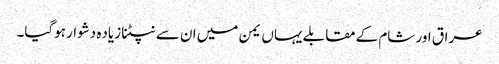
عراق اور شام کے مقابلے یہاں یمن میں ان سے نپٹنا زیاده دشوار ہوگیا۔